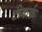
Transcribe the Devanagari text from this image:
टीकर्क